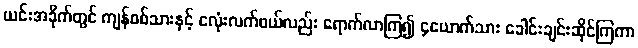
ယင်းအခိုက်တွင် ကျန်စစ်သားနှင့် ငလုံးလက်ဖယ်လည်း ရောက်လာကြ၍ ၄ယောက်သား ခေါင်းချင်းဆိုင်ကြကာ